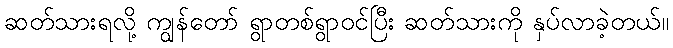
ဆတ်သားရလို့ ကျွန်တော် ရွာတစ်ရွာဝင်ပြီး ဆတ်သားကို နှပ်လာခဲ့တယ်။